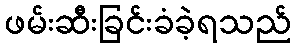
ဖမ်းဆီးခြင်းခံခဲ့ရသည်